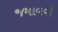
જમાવવી